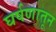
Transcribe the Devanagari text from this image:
घर्षणातून